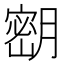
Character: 𫆴